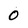
Character: 0